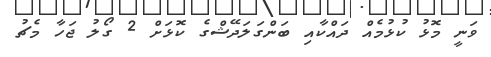
ވަނީ މޮޅު ކުޅުމެއް ދައްކާއި ބަންގަލަދޭޝްގެ ކޮޅަށް 2 ގޯލު ޖަހާ މެޗު